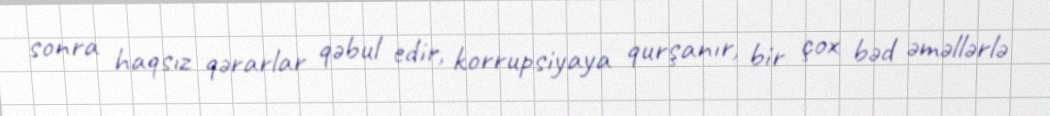
sonra haqsız qərarlar qəbul edir, korrupsiyaya qurşanır, bir çox bəd əməllərlə